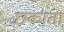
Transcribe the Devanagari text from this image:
छकाता